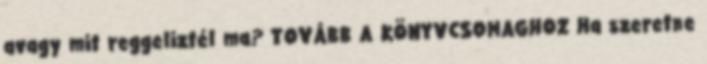
avagy mit reggeliztél ma? TOVÁBB A KÖNYVCSOMAGHOZ Ha szeretne